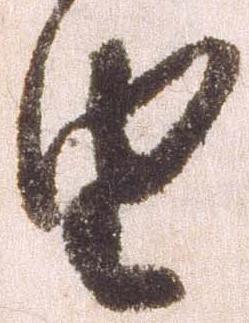
由